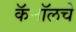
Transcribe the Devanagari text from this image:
कॅनॉलचे